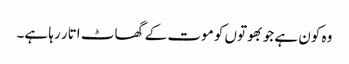
وہ کون ہے جو بھوتوں کو موت کے گھاٹ اتار رہا ہے۔